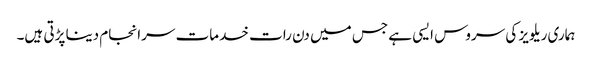
ہماری ریلویز کی سروس ایسی ہے جس میں دن رات خدمات سرانجام دینا پڑتی ہیں۔